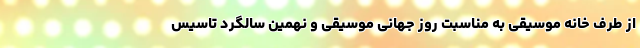
از طرف خانه موسیقی به مناسبت روز جهانی موسیقی و نهمین سالگرد تاسیس